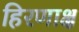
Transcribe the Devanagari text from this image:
हिरणाक्ष